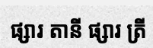
ផ្សារ តានី ផ្សារ ត្រី